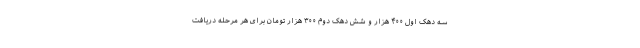
سه دهک اول ۴۰۰ هزار و شش دهک دوم ۳۰۰ هزار تومان برای هر مرحله دریافت